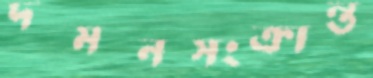
দমনসংক্রান্ত